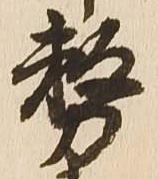
務